Veterinary regulations India, 1935 -
Year: 1935
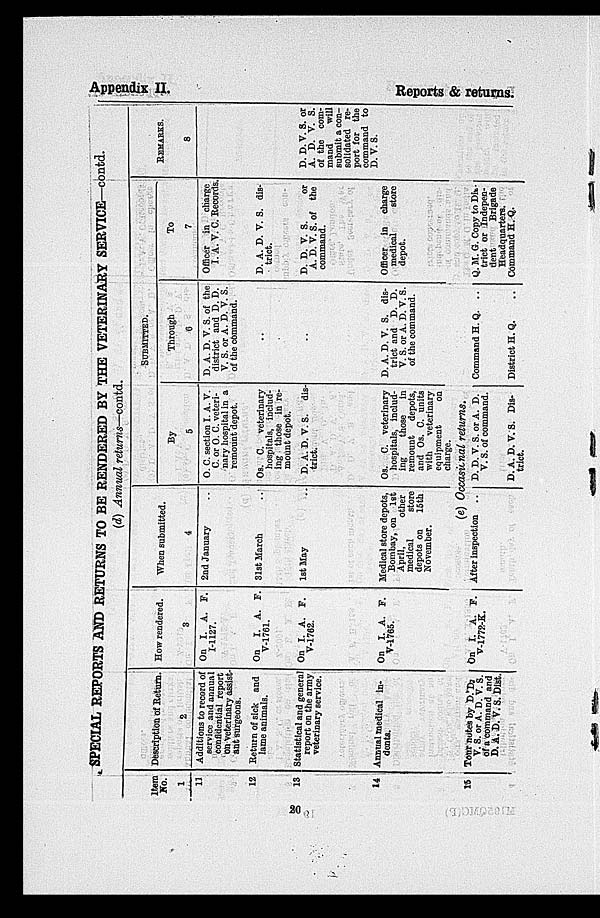
Appendix II.
Reports & returns.
SPECIAL REPORTS AND RETURNS TO BE RENDERED BY THE VETERINARY SERVICE—contd.
(d) Annual returns—contd.
Item
No.
1
11
12
13
14
Description of Return.
2
Additions to record of
service and annual
confidential report
on Veterinary assist-
ant surgeons.
Return of sick and
lame animals.
Statistical and general
report on the army
veterinary service.
Annual medical in-
dents.
How rendered.
3
On I. A. F.
I-1127.
On I. A. F.
V-1761.
On I. A. F.
V-1762.
On I. A. F.
V-1765.
When submitted.
4
2nd January
31st March ..
1st May ..
Medical store depots,
Bombay, on 1st
April,
other
medical
store
depots on
15th
November.
By
5
O. C. section I. A. V.
C. or O. C. veteri-
nary hospital in a
remount depot.
Os. C. veterinary
hospitals, includ-
ing those in re-
mount depot.
D. A. D. V. S. dis-
trict.
Os. C. veterinary
hospitals, includ-
ing
those
in
remount depots,
and Os. C. units
with
veterinary
equipment
on
charge.
SUBMITTED.
Through
0
D. A. D. V. S. of the
district and D. D.
V. S. or A. D. V. S.
of the command.
..
..
D. A. D. V. S. dis-
trict and D. D.
V. S. or A. D. V. S.
of the command.
To
7
Officer in charge
I. A. V. C. Records.
D. A. D. V. S. dis-
trict.
D. D. V. S.
or
A. D. V. S. of the
command.
Officer in charge
medical
store
depot.
REMARKS.
8
D. D. V. S. or
A. D. V. S.
of the com-
mand
will
submit a con-
solidated re-
port for the
command to
D. V. S.
(e)
Occasional
returns.
15 Tour notes by D.D.
V. S. or A. D. V. S.
of a command and
D. A. D. V. S. Dist.
On I. A. F.
V-1772-K.
After inspection .. D. D. V. S. or A. D.
V. S. of command.
D. A. D. V. S. Dis-
trict.
Command H. Q. ..
District H. Q. ..
Q. M. G. Copy to Dis-
trict or Indepen-
dent
Brigade
Headquarters.
Command H. Q.
20